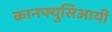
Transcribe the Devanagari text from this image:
कानफ्युसिआयी